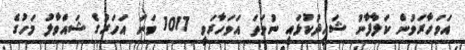
އަވަހާރަވުން ކަލާފާނު ޝަހީދުކުޅައީ ނުވަތަ އަވަހާރަވީ 1017 ވަނަ އަހަރުގެ ޝައްވާލު މަހުގެ